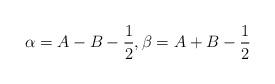
LaTeX: \begin{align*}\alpha=A-B-\frac{1}{2}, \beta=A+B-\frac{1}{2}\end{align*}